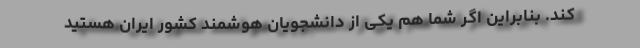
کند. بنابراین اگر شما هم یکی از دانشجویان هوشمند کشور ایران هستید